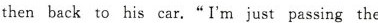
then back to his car. "I'm just passing the